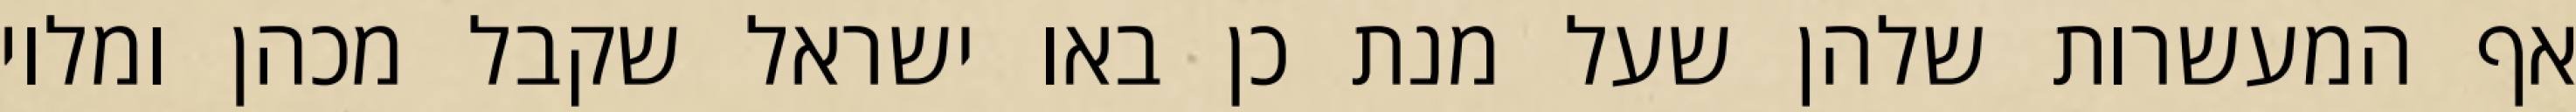
אף המעשרות שלהן שעל מנת כן באו ישראל שקבל מכהן ומלוי